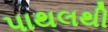
પાથલથી